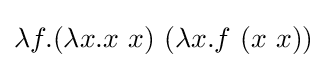
\lambda f.(\lambda x.x\ x)\ (\lambda x.f\ (x\ x))